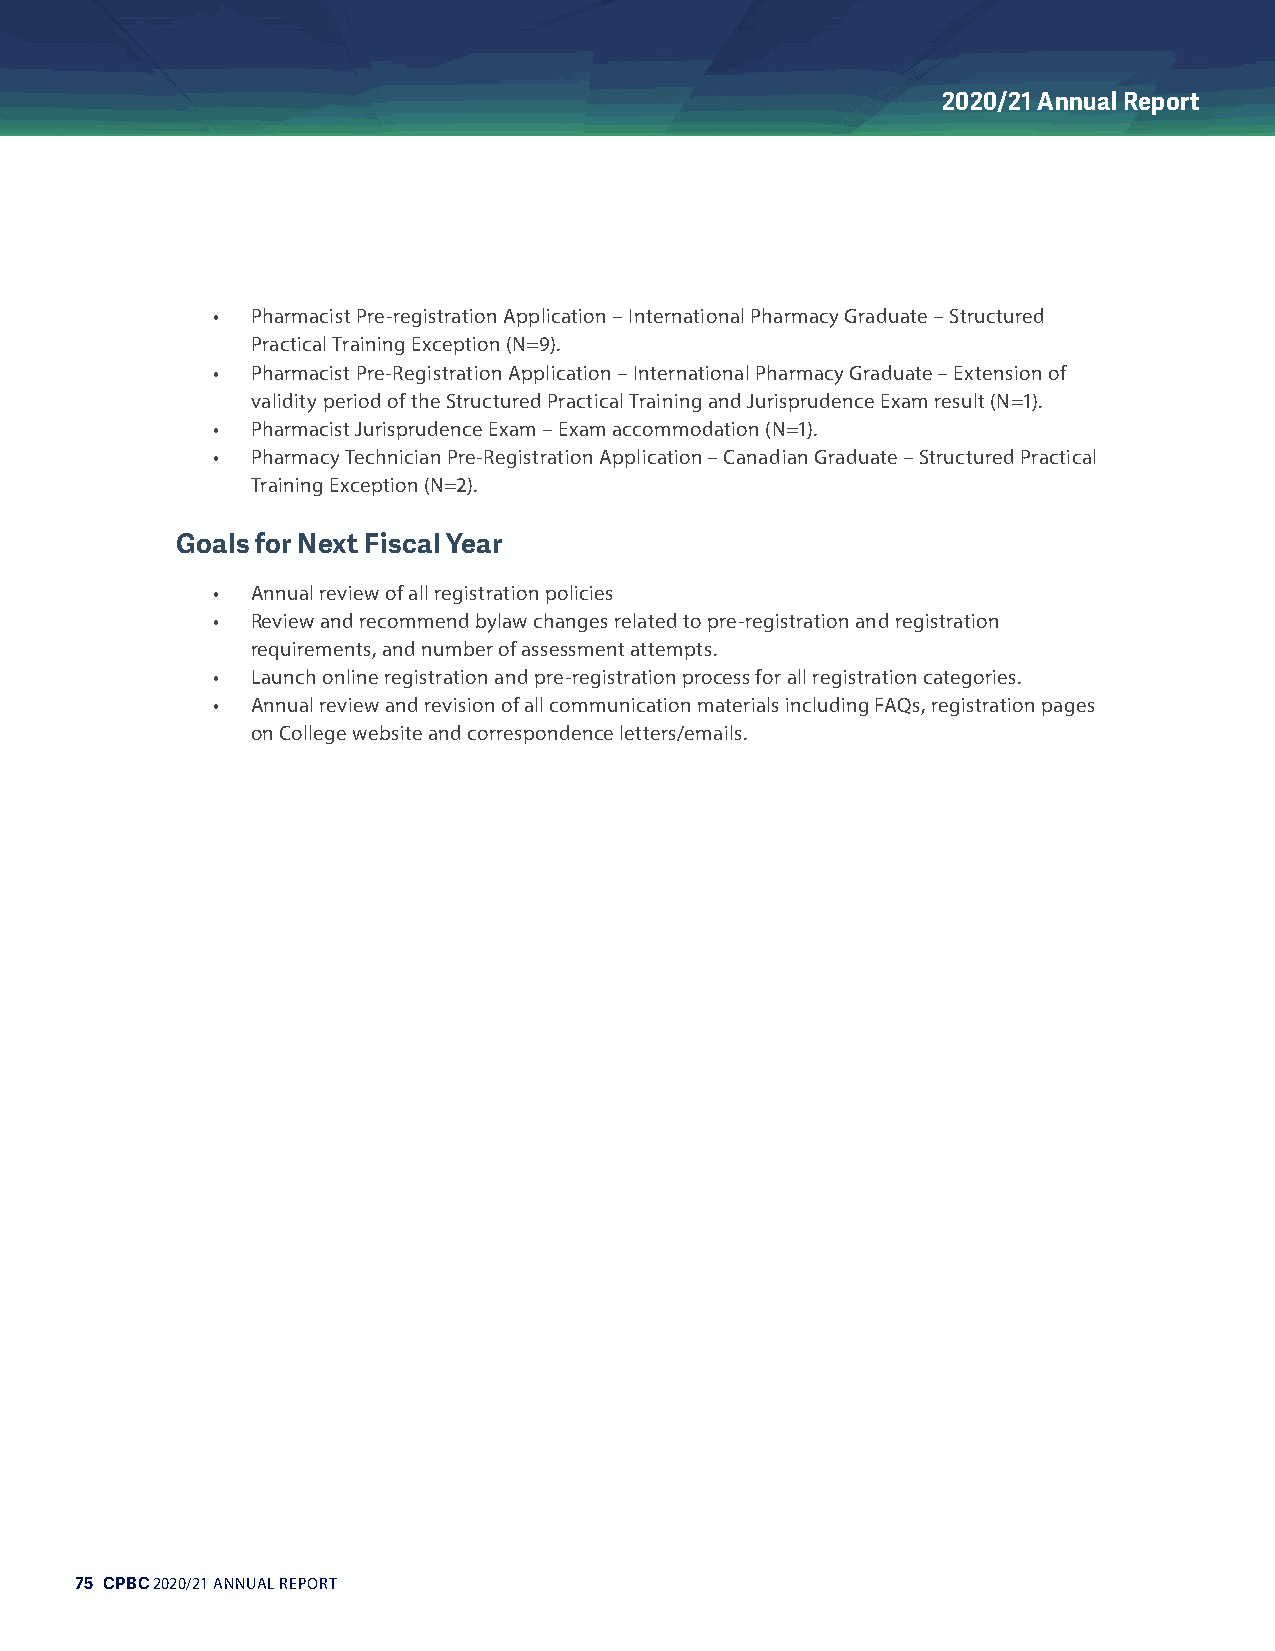
2020/21 Annual Report
 •  Pharmacist Pre-registration Application – International Pharmacy Graduate – Structured
 Practical Training Exception (N=9).
 •  Pharmacist Pre-Registration Application – International Pharmacy Graduate – Extension of
 validity period of the Structured Practical Training and Jurisprudence Exam result (N=1).
 •  Pharmacist Jurisprudence Exam – Exam accommodation (N=1).
 •  Pharmacy Technician Pre-Registration Application – Canadian Graduate – Structured Practical
 Training Exception (N=2).
 Goals for Next Fiscal Year
 •  Annual review of all registration policies
 •  Review and recommend bylaw changes related to pre-registration and registration
 requirements, and number of assessment attempts.
 •  Launch online registration and pre-registration process for all registration categories.
 •  Annual review and revision of all communication materials including FAQs, registration pages
 on College website and correspondence letters/emails.
 75 CPBC 2020/21 ANNUAL REPORT